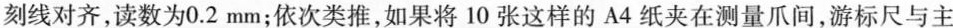
刻线对齐，读数为0.2mm；依次类推，如果将10张这样的A4纸夹在测量爪间，游标尺与主